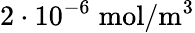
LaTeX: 2\cdot 10^{-6}\; \mathrm{mol}/\mathrm{m}^{3}